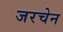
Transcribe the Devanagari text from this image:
जरचेन